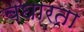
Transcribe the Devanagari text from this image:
बघारता